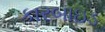
કારબાઇડ